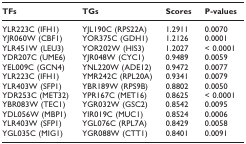
<table><thead><tr><td><b>TFs</b></td><td><b>TGs</b></td><td><b>Scores</b></td><td><b>P-values</b></td></tr></thead><tbody><tr><td>YLR223C (IFH1)</td><td>YJL190C (RPS22A)</td><td>1.2911</td><td>0.0070</td></tr><tr><td>YJR060W (CBF1)</td><td>YOR375C (GDH1)</td><td>1.2126</td><td>0.0001</td></tr><tr><td>YLR451W (LEU3)</td><td>YOR202W (HIS3)</td><td>1.2027</td><td>&lt; 0.0001</td></tr><tr><td>YDR207C (UME6)</td><td>YJR048W (CYC1)</td><td>0.9489</td><td>0.0059</td></tr><tr><td>YEL009C (GCN4)</td><td>YNL220W (ADE12)</td><td>0.9472</td><td>0.0077</td></tr><tr><td>YLR223C (IFH1)</td><td>YMR242C (RPL20A)</td><td>0.9341</td><td>0.0079</td></tr><tr><td>YLR403W (SFP1)</td><td>YBR189W (RPS9B)</td><td>0.8802</td><td>0.0050</td></tr><tr><td>YDR253C (MET32)</td><td>YPR167C (MET16)</td><td>0.8625</td><td>&lt; 0.0001</td></tr><tr><td>YBR083W (TEC1)</td><td>YGR032W (GSC2)</td><td>0.8542</td><td>0.0095</td></tr><tr><td>YDL056W (MBP1)</td><td>YIR019C (MUC1)</td><td>0.8524</td><td>0.0006</td></tr><tr><td>YLR403W (SFP1)</td><td>YGL076C (RPL7A)</td><td>0.8429</td><td>0.0058</td></tr><tr><td>YGL035C (MIG1)</td><td>YGR088W (CTT1)</td><td>0.8401</td><td>0.0091</td></tr></tbody></table>